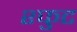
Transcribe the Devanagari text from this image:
श्फुट